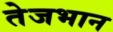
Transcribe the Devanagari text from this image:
तेजभान